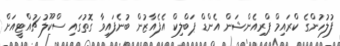
ފުލުހުންގެ ކްރައިމް ޕްރިއެންޝަން އެންޑް ޕަބްލިކް އެފެއާޒުން ބުނެފައިވާ ގޮތުގައި ސްކޫލު ޗުއްޓީއަށް